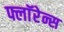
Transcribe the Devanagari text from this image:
फ्लाॅरेन्स